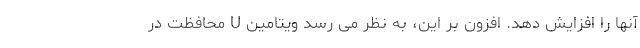
آنها را افزایش دهد. افزون بر این، به نظر می رسد ویتامین U محافظت در